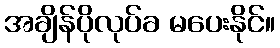
အချိန်ပိုလုပ်ခ မပေးနိုင်။